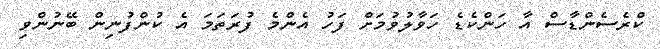
ކްރެސެންޑާސް އާ ހަންކެޑެ ހަވާލުވުމަށް ފަހު އެންމެ ފުރަތަމަ އެ ކުންފުނިން ބޭނުންވި